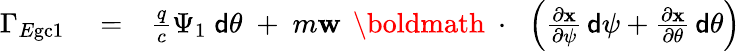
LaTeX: \begin{array}{rlr}{\Gamma_{E\mathrm{gc}1}}&{{}=}&{\frac{q}{c}\Psi_{1}\; {\sf d}\theta\; +\; m{\mathbf w}\, \mathrm{~\boldmath~\cdot~}\, \left(\frac{\partial\mathbf x}{\partial\psi}\, {\sf d}\psi+\frac{\partial\mathbf x}{\partial\theta}\, {\sf d}\theta\right)}\end{array}